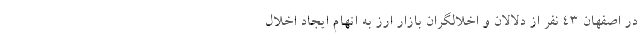
در اصفهان ۴۳ نفر از دلالان و اخلالگران بازار ارز به اتهام ایجاد اخلال